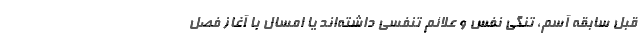
قبل سابقه آسم، تنگی نفس و علائم تنفسی داشته‌اند یا امسال با آغاز فصل